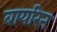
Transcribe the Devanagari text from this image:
बायरिन